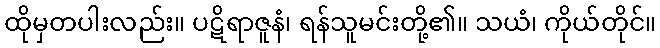
ထိုမှတပါးလည်း။ ပဋိရာဇူနံ၊ ရန်သူမင်းတို့၏။ သယံ၊ ကိုယ်တိုင်။